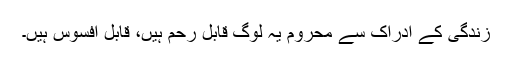
زندگی کے ادراک سے محروم یہ لوگ قابل رحم ہیں، قابل افسوس ہیں۔